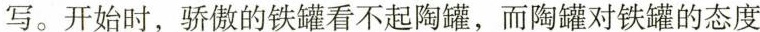
写。开始时，骄傲的铁罐看不起陶罐，而陶罐对铁罐的态度